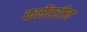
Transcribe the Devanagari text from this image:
कमेंटरीज